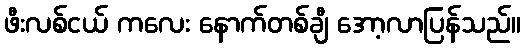
ဖီးလစ်ငယ် ကလေး နောက်တစ်ချီ အော့လာပြန်သည်။